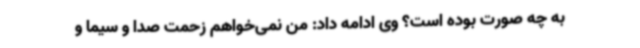
به چه صورت بوده است؟ وی ادامه داد: من نمی‌خواهم زحمت صدا و سیما و